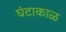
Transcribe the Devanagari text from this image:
घंटाकाळ